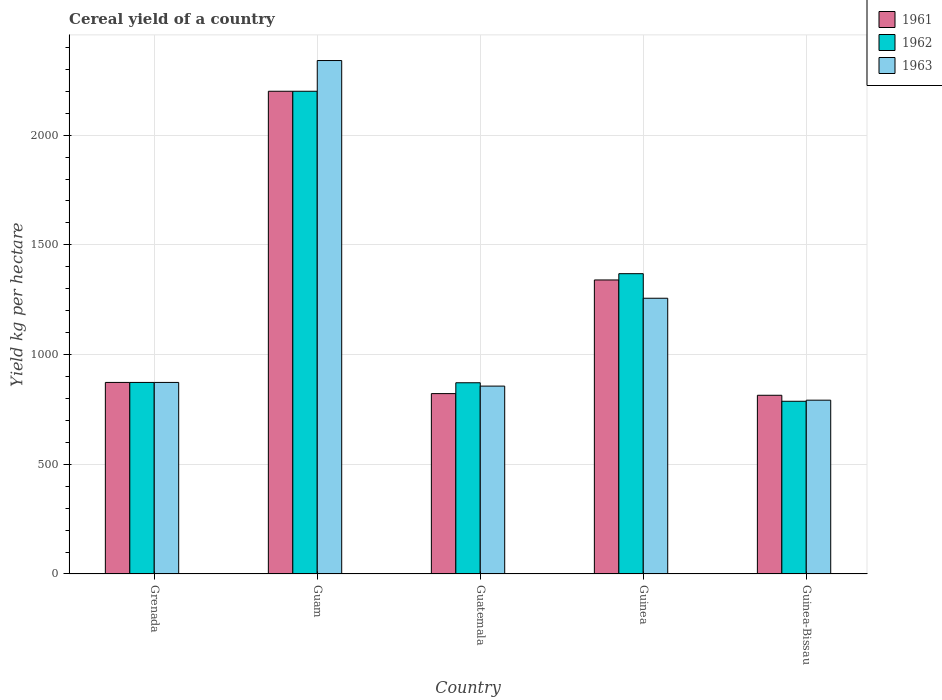
| Country | 1961 | 1962 | 1963 |
 | --- | --- | --- | --- |
 | Grenada | 873 | 873 | 873 |
 | Guam | 2.2e+03 | 2.2e+03 | 2.34e+03 |
 | Guatemala | 822 | 871 | 856 |
 | Guinea | 1.34e+03 | 1.37e+03 | 1.26e+03 |
 | Guinea-Bissau | 814 | 787 | 792 |